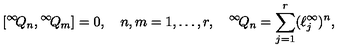
[ { } ^ { \infty } \! Q _ { n } , { } ^ { \infty } \! Q _ { m } ] = 0 , \quad n , m = 1 , \ldots , r , \quad { } ^ { \infty } \! Q _ { n } = \sum _ { j = 1 } ^ { r } ( \ell _ { j } ^ { \infty } ) ^ { n } ,